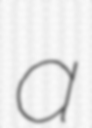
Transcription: a